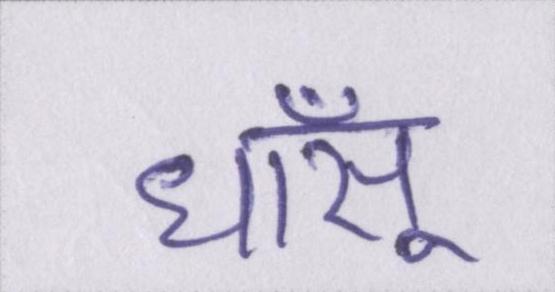
धाँसू